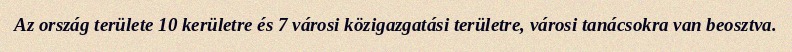
Az ország területe 10 kerületre és 7 városi közigazgatási területre, városi tanácsokra van beosztva.